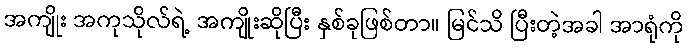
အကျိုး အကုသိုလ်ရဲ့ အကျိုးဆိုပြီး နှစ်ခုဖြစ်တာ။ မြင်သိ ပြီးတဲ့အခါ အာရုံကို